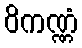
ဝိကဏ္ဏံ